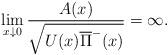
LaTeX: \begin{align*}\lim_{x\downarrow0} \frac{A(x)}{\sqrt{U(x)\overline{\Pi}^-(x)}}=\infty.\end{align*}